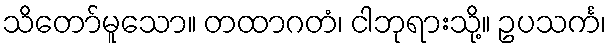
သိတော်မူသော။ တထာဂတံ၊ ငါဘုရားသို့။ ဥပသင်္က၊